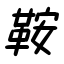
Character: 鞍